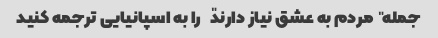
جمله "مردم به عشق نیاز دارند" را به اسپانیایی ترجمه کنید